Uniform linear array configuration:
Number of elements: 16
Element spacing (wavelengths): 1
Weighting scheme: blackman
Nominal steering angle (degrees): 15
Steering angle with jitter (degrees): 15.283
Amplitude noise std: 0.05
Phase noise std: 0.05

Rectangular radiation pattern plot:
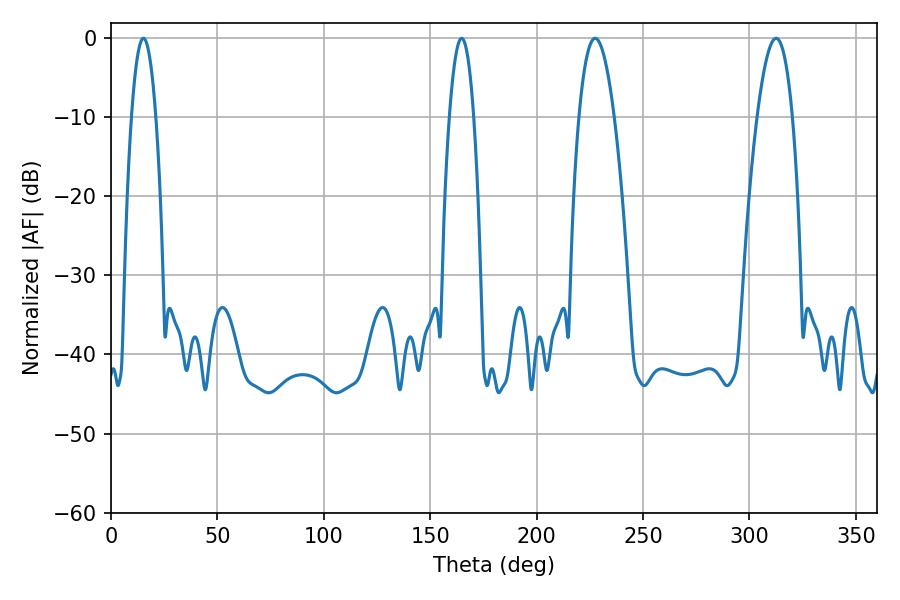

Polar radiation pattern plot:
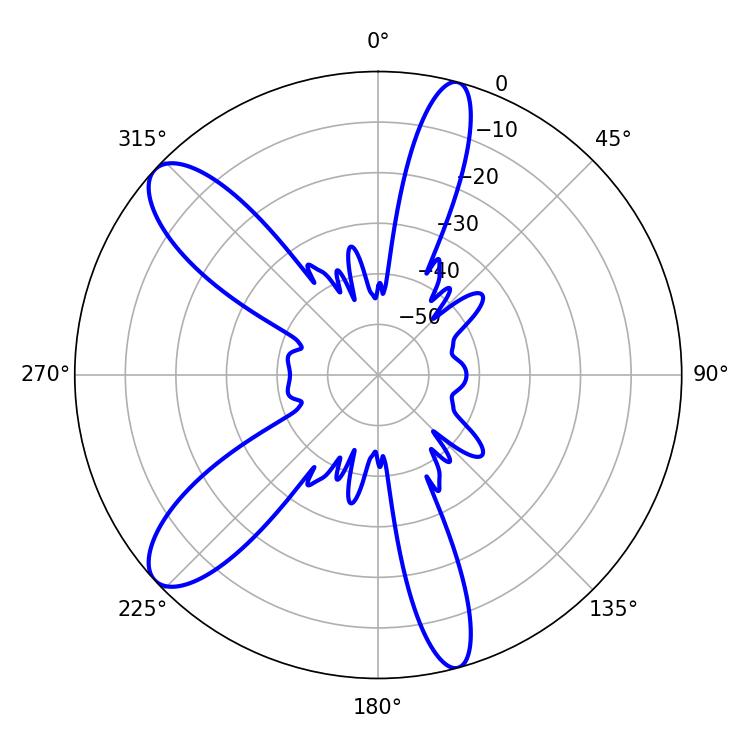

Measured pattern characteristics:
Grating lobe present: TRUE
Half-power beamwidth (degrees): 9
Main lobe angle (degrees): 227.52